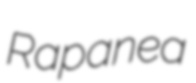
Rapanea